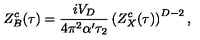
Z _ { B } ^ { c } ( \tau ) = { \frac { i V _ { D } } { 4 \pi ^ { 2 } \alpha ^ { \prime } \tau _ { 2 } } } \left( Z _ { X } ^ { c } ( \tau ) \right) ^ { D - 2 } ,